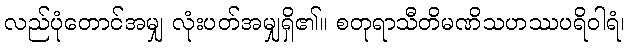
လည်ပုံတောင်အမျှ လုံးပတ်အမျှရှိ၏။ စတုရာသီတိမဏိသဟဿပရိဝါရံ၊